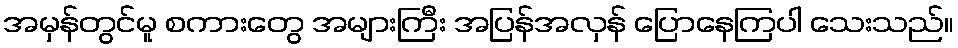
အမှန်တွင်မူ စကားတွေ အများကြီး အပြန်အလှန် ပြောနေကြပါ သေးသည်။